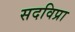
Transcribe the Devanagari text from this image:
सदविप्रा